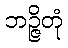
ဘဉ္ဇိတုံ